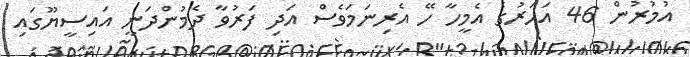
އުމުރުން 46 އަހަރުގެ އެމީހާ ހޭ އެރިނަމަވެސް އަދި ފަރުވާ ދެމުންދަނީ އައިސީޔޫގައި